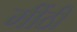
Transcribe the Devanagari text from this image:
मींठी